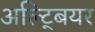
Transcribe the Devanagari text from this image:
अल्ट्बियर